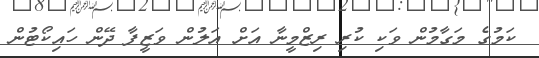
ކަމުގެ މަގާމުން ވަކި ކުރި ރިޒްމީނާ އަށް އަލުން ވަޒީފާ ދޭން ހައިކޯޓުން